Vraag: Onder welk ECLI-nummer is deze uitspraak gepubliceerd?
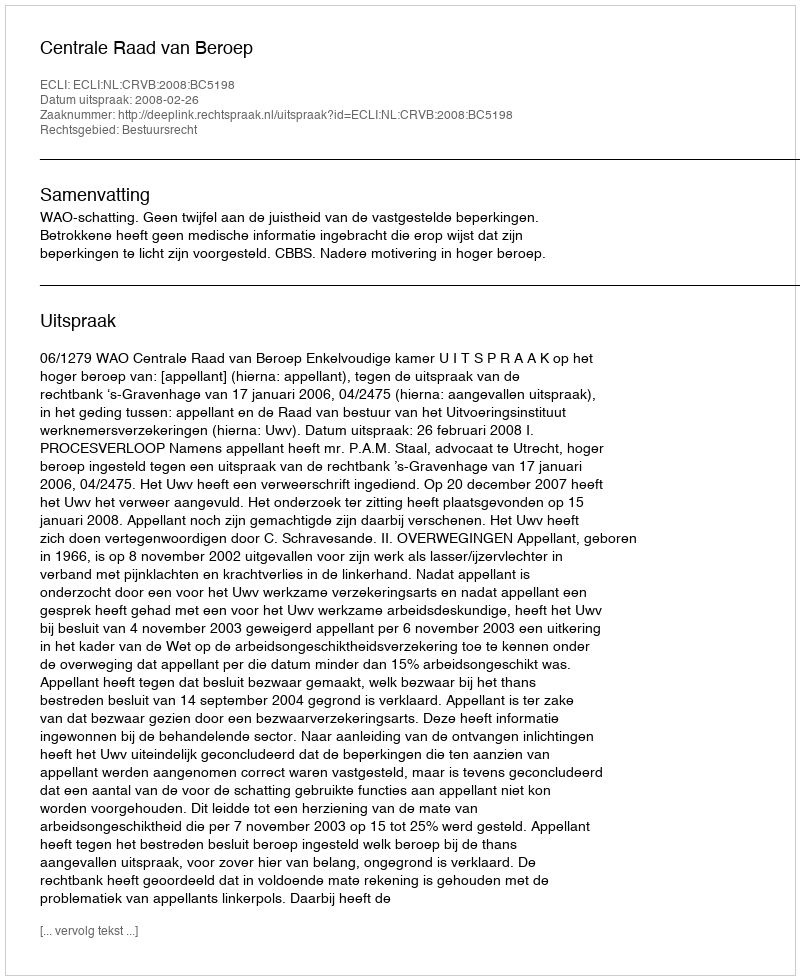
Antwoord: ECLI:NL:CRVB:2008:BC5198